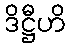
ဒိဋ္ဌီဟိ